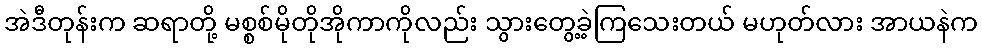
အဲဒီတုန်းက ဆရာတို့ မစ္စစ်မိုတိုအိုကာကိုလည်း သွားတွေ့ခဲ့ကြသေးတယ် မဟုတ်လား အာယနဲက